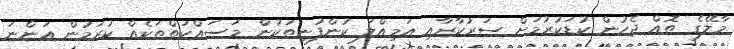
މާލޭގެ ތޮއް ޖެހުން ކުޑަކުރުމަށް ސަރުކާރާއި އަމިއްލަ ކުންފުނިތަކުން މަސައްކަތްތަކެއް ކުރަމުން އަންނަ